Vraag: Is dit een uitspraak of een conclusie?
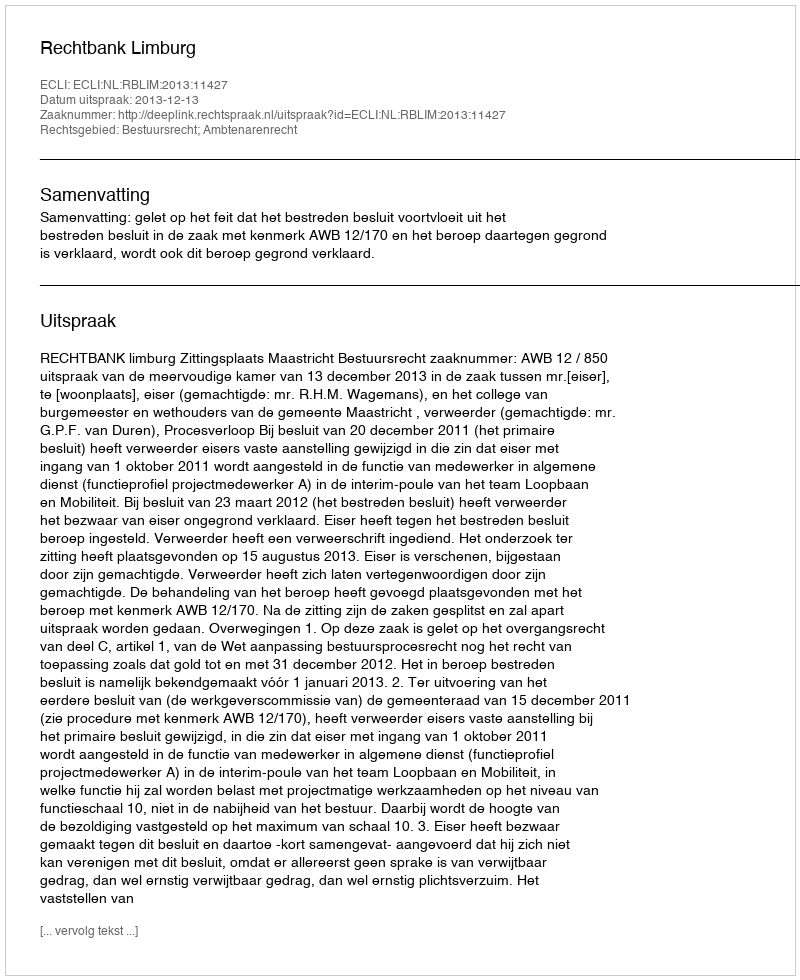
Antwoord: Uitspraak